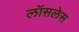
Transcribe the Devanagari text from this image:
लॉसलेस